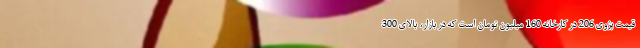
قیمت پژوی 206 در کارخانه 160 میلیون تومان است که در بازار، بالای 300